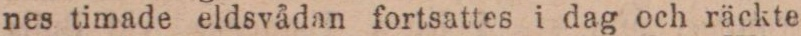
nes timade eldsvådan fortsattes i dag och räckte